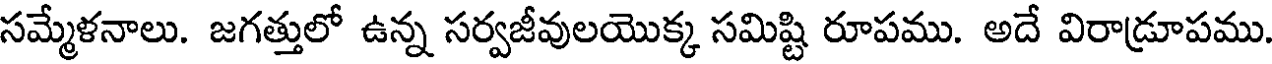
సమ్మేళనాలు. జగత్తులో ఉన్న సర్వజీవులయొక్క సమిష్టి రూపము. అదే విరాడ్రూపము.